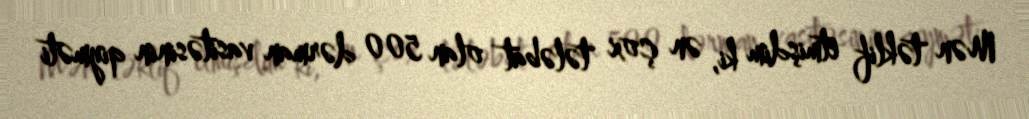
Mən təklif etmişdim ki, ən çox tələbat olan 500 dərman vasitəsinin qiyməti